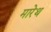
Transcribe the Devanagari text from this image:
मारेथ